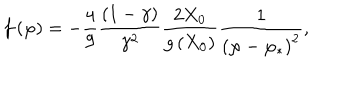
LaTeX: f \left( \varphi \right) = - \frac { 4 } { 9 } \frac { \left( 1 - \gamma \right) } { \gamma ^ { 2 } } \frac { 2 X _ { 0 } } { g \left( X _ { 0 } \right) } \frac { 1 } { \left( \varphi - \varphi _ { * } \right) ^ { 2 } } ,